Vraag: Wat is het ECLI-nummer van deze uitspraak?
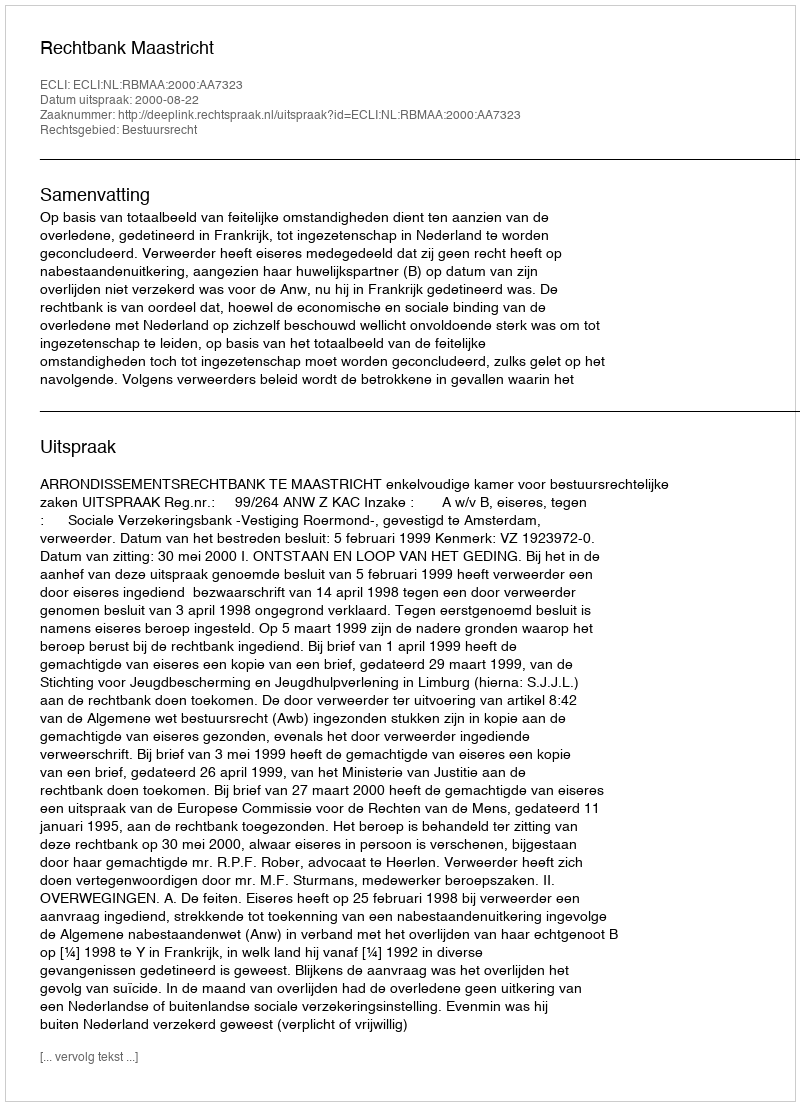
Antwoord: ECLI:NL:RBMAA:2000:AA7323